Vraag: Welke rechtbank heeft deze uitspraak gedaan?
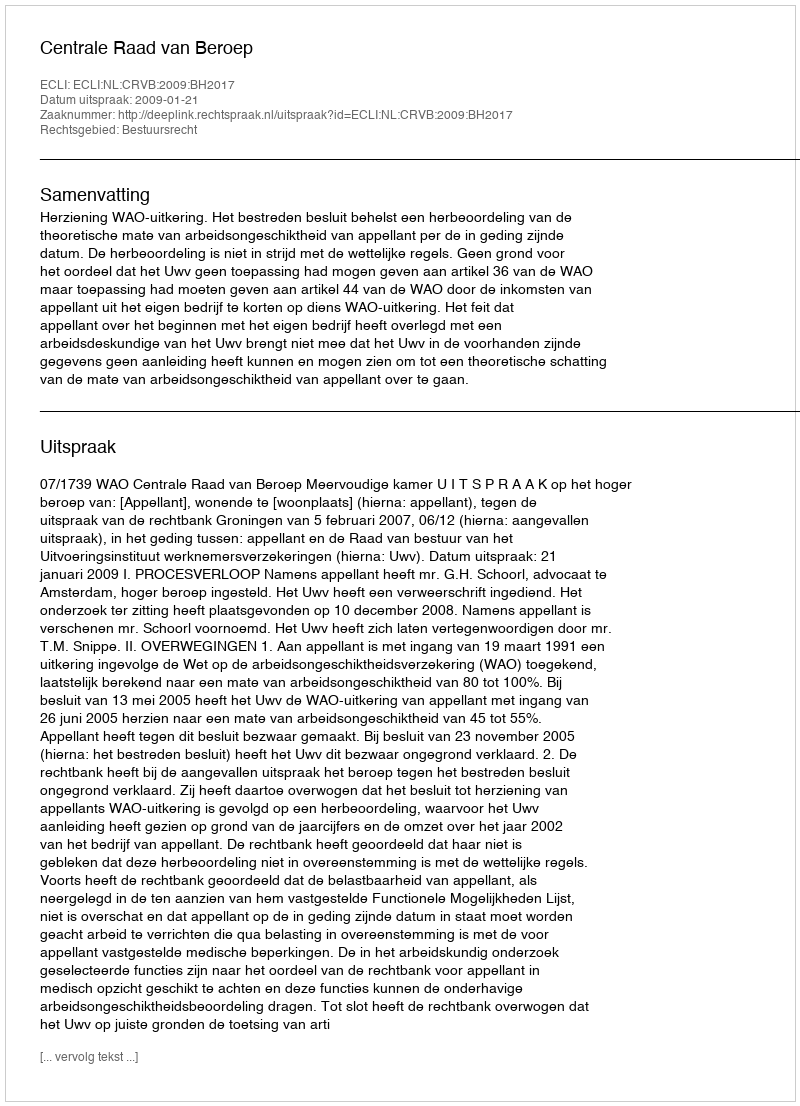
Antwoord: Centrale Raad van Beroep